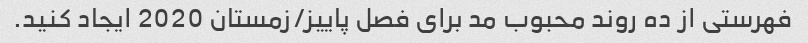
فهرستی از ده روند محبوب مد برای فصل پاییز/زمستان 2020 ایجاد کنید.